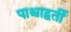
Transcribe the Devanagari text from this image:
पाश्चाद्वर्ती